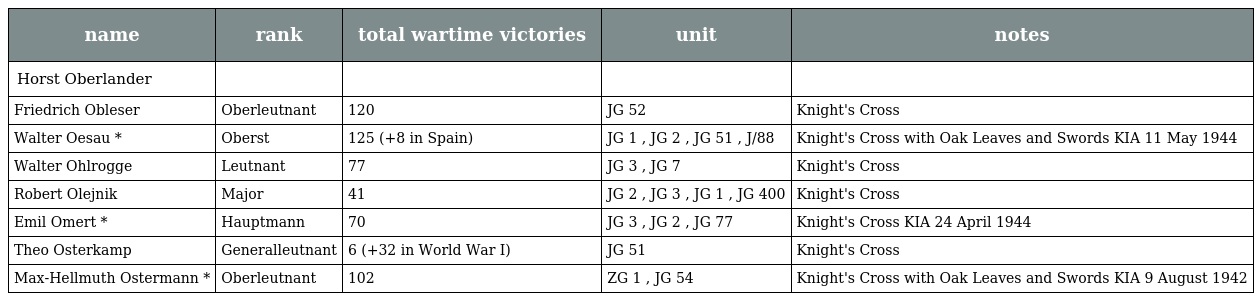
| name | rank | total wartime victories | unit | notes |
 | --- | --- | --- | --- | --- |
 | Horst Oberlander |  |  |  |  |
 | Friedrich Obleser | Oberleutnant | 120 | JG 52 | Knight's Cross |
 | Walter Oesau * | Oberst | 125 (+8 in Spain) | JG 1 , JG 2 , JG 51 , J/88 | Knight's Cross with Oak Leaves and Swords KIA 11 May 1944 |
 | Walter Ohlrogge | Leutnant | 77 | JG 3 , JG 7 | Knight's Cross |
 | Robert Olejnik | Major | 41 | JG 2 , JG 3 , JG 1 , JG 400 | Knight's Cross |
 | Emil Omert * | Hauptmann | 70 | JG 3 , JG 2 , JG 77 | Knight's Cross KIA 24 April 1944 |
 | Theo Osterkamp | Generalleutnant | 6 (+32 in World War I) | JG 51 | Knight's Cross |
 | Max-Hellmuth Ostermann * | Oberleutnant | 102 | ZG 1 , JG 54 | Knight's Cross with Oak Leaves and Swords KIA 9 August 1942 |